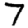
Digit: 7